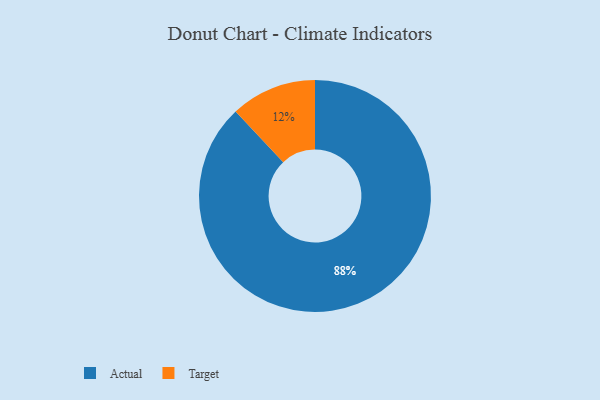
{"axis": {"x": "Category", "y": "Percentage"}, "legend": ["Actual", "Target"], "data": [{"x": "Actual", "y": 88, "type": "Actual"}, {"x": "Target", "y": 12, "type": "Target"}]}